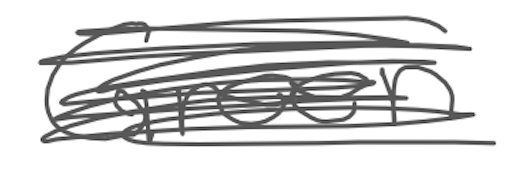
Text: Green
Cross-out: mix
Writing tool: digital_gray